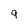
Character: 9